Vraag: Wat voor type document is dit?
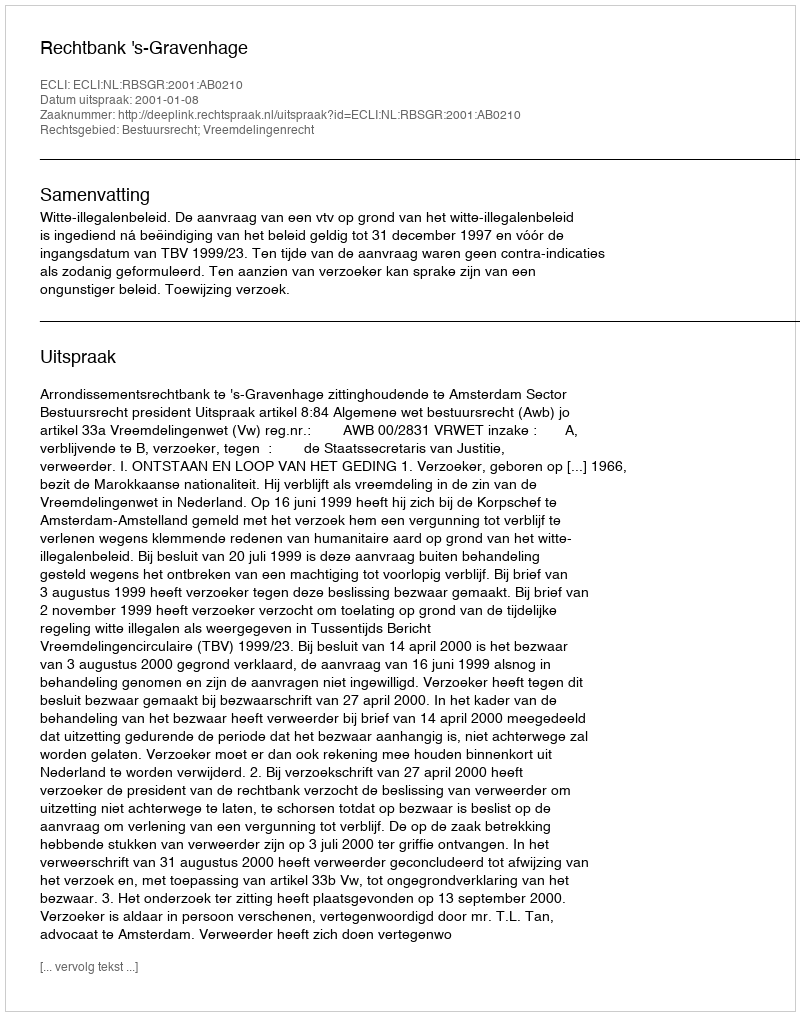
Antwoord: Uitspraak